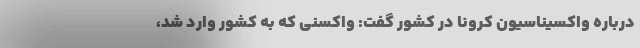
درباره واکسیناسیون کرونا در کشور گفت: واکسنی که به کشور وارد شد،